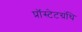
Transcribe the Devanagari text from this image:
प्रॉस्टेटग्रंथि